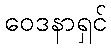
ဝေဒနာရှင်